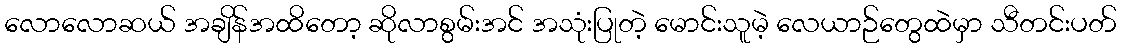
လောလောဆယ် အချိန်အထိတော့ ဆိုလာစွမ်းအင် အသုံးပြုတဲ့ မောင်းသူမဲ့ လေယာဉ်တွေထဲမှာ သီတင်းပတ်